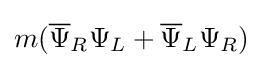
m({\overline {\Psi }}_{R}\Psi _{L}+{\overline {\Psi }}_{L}\Psi _{R})